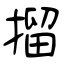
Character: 㨨